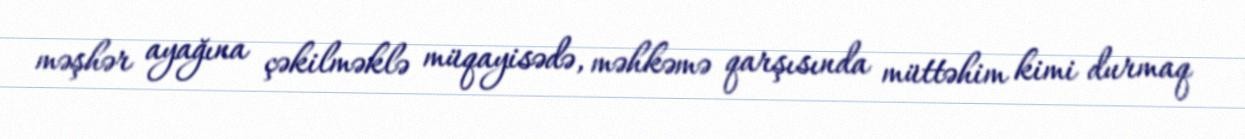
məşhər ayağına çəkilməklə müqayisədə, məhkəmə qarşısında müttəhim kimi durmaq